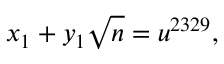
x _ { 1 } + y _ { 1 } { \sqrt { n } } = u ^ { 2 3 2 9 } ,